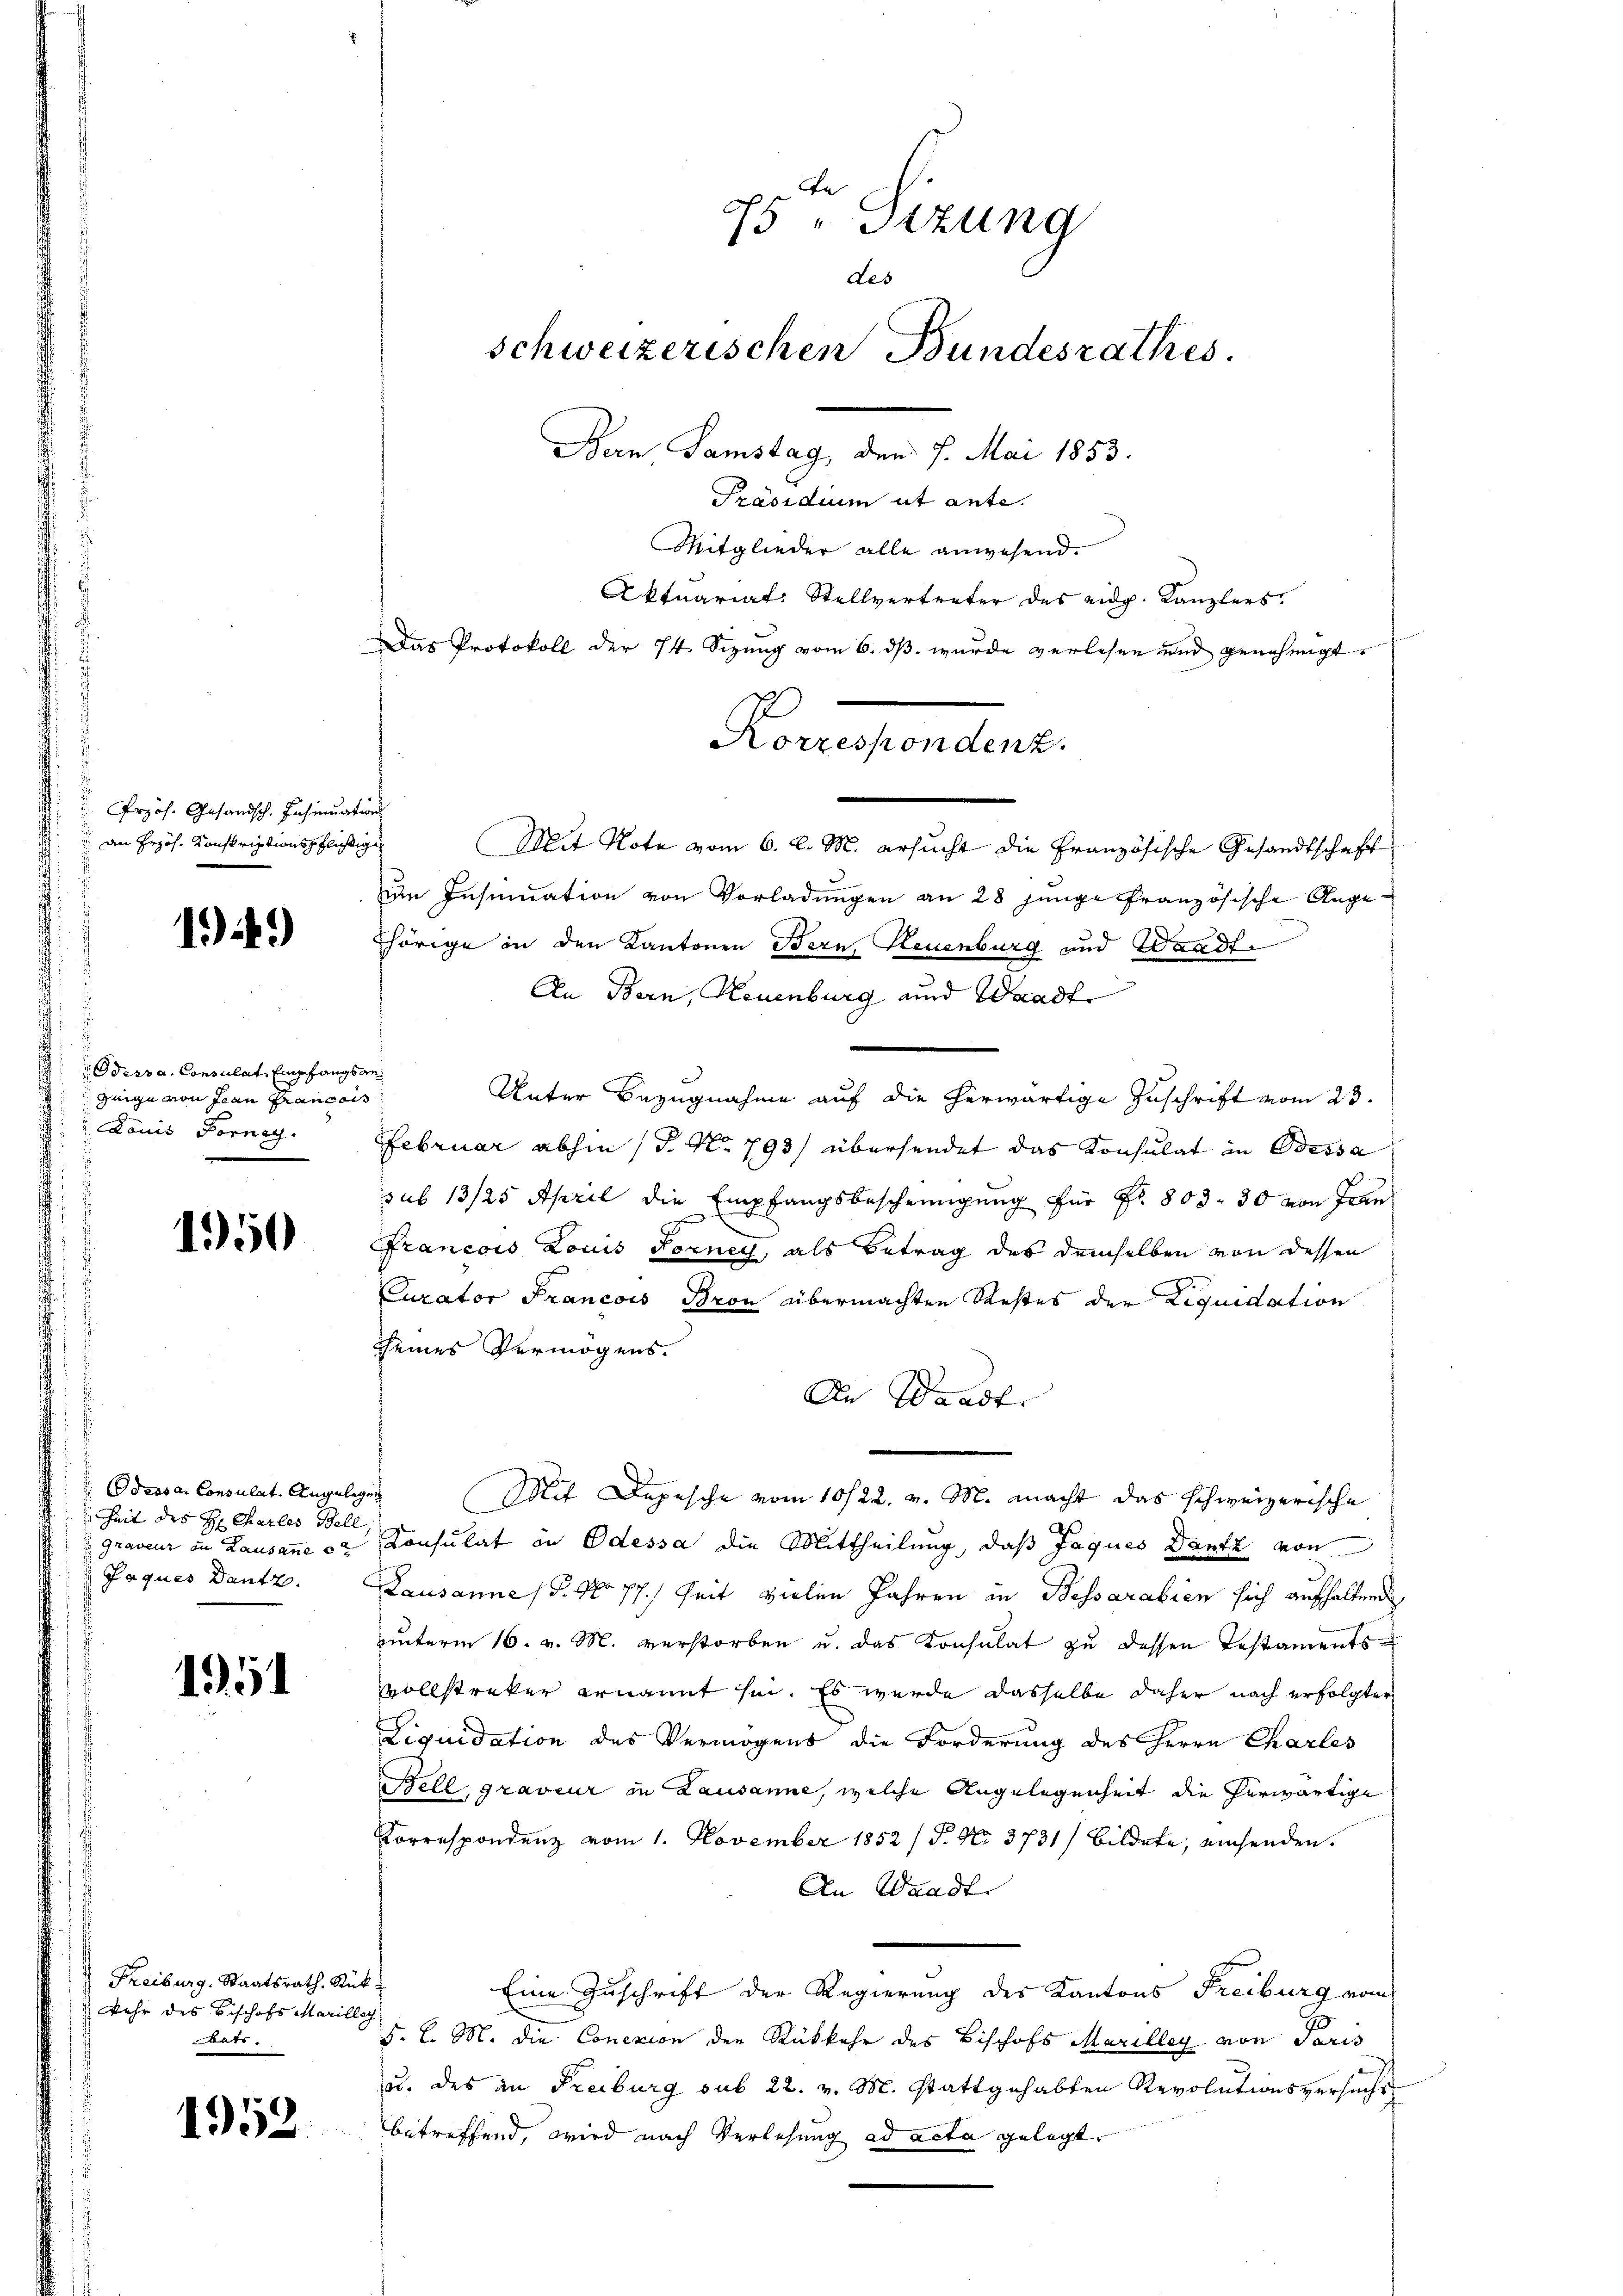
Prof. Gesandsch. Insinuation
 an Erzös. Konskriptionspflichen

1)

Odessa. Consulat, Empfangs
Geige von Jean Francois
 Louis Fornach

1950

Aders an Consulat. Angelege
Zeit des H. Charles Bell
Graveur in Lausanne e
Jaques Dantz

151

Freiburg, Staatsrath. Stück
kehr des Beschofs Marilleg
katr.

1952

75 " Sizung
Les
schweizerischen Bundesrathes
Bern Samstag, den 7. Mai 1853.

Aktuariat: Stellvertreter des eidg. Kanzlers
Das Protokoll der 74. Sizung vom 6. ds. wurde verlesen und genehmigt.
Korrespondenz.

Präsidium ut ante.
Mitglieder alle anwesend.
i
Mit Note vom 6. l. M. ersucht die Französische Gesandtschaft
um Insinuation von Vorladungen an 28 junge französische Angehörige in den Kantonen Bern, Neuenburg und Waadt.
An Bern, Neuenburg und Waadt
s
Unter Bezugnahme auf die herwärtige Zuschrift vom 23.
Februar abhin (T. N. 793/ übersendet das Konsulat in Odessa
sub 13/25 April die Empfangsbescheinigung für Fr. 803. 30 von Fran
Francois Louis Forney, als Betrag des demselben von dessen
Curator Francois Bron übermachten Restes der Liquidation
seines Vermögens.
An Waadt.
Mit Depesche vom 10/22. v. M. macht das schweizerische
Konsulat in Odessa die Mittheilung, daß Jaques Dantz von
Lausanne (§. No 77. Zeit vielen Jahren in Bessarabien sich aufhalten
ŭnterm 16. v. M. verstorben u. das Konsulat zŭ dessen Testaments
vollstreker ernannt sei. Es wurde dasselbe daher nach erfolgter
Liquidation des Vermögens die Forderung des Herrn Charles
ell, graveur in Lausanne, welche Angelegenheit die herwärtige
Korrespondenz vom 1. November 1852 / P. Nr. 3731) bildete, einsenden.
An Waadt
Eine Zuschrift der Regierung des Kantons Freiburg vom
F. L. M. die Conczion der Rückkehr des Bischofs Marilleg von Paris
u. des in Freiburg sub 22. v. M. stattgehabten Revolutionsversucht
betreffend, wird nach Verlesung ad acta gelegt.